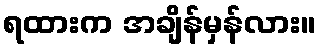
ရထားက အချိန်မှန်လား။